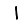
Digit: 1